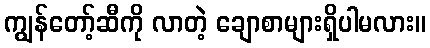
ကျွန်တော့်ဆီကို လာတဲ့ ချောစာများရှိပါမလား။